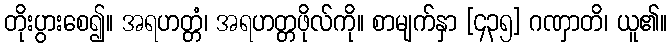
တိုးပွားစေ၍။ အရဟတ္တံ၊ အရဟတ္တဖိုလ်ကို။ စာမျက်နှာ [၄၃၅] ဂဏှာတိ၊ ယူ၏။